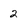
Character: 2